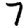
Digit: 7